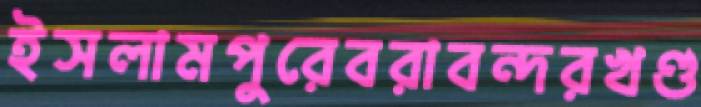
ইসলামপুরেবরাবন্দরখণ্ড